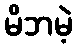
မိဘမဲ့